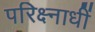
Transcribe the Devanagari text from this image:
परिक्ष्नाधीं